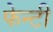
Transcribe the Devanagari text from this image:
फेन्टी